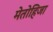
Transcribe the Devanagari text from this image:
मेतोहिजा